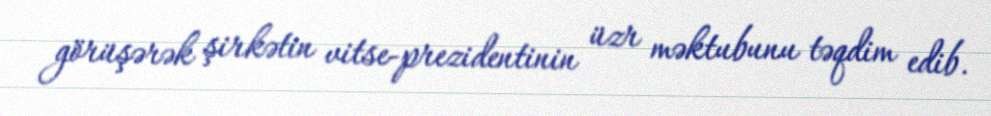
görüşərək şirkətin vitse-prezidentinin üzr məktubunu təqdim edib.